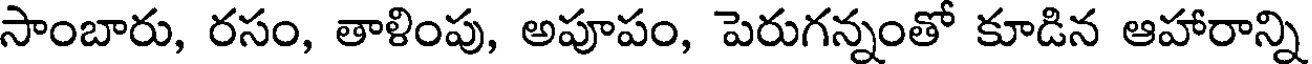
సాంబారు, రసం, తాళింపు, అపూపం, పెరుగన్నంతో కూడిన ఆహారాన్ని